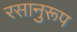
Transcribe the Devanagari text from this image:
रसानुरूप